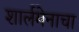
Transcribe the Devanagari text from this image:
शार्लमेनाचा